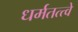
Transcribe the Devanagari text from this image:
धर्मतत्त्वे